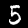
Digit: 5